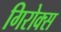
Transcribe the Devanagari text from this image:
गिरोक्स